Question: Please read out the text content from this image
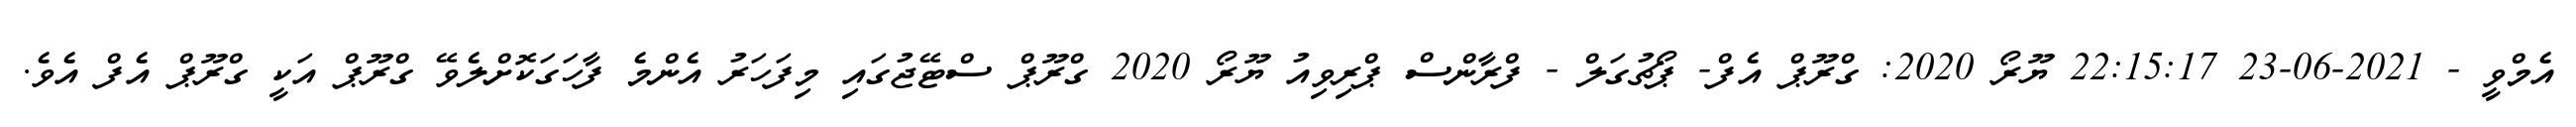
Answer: އެމްވީ - 2021-06-23 22:15:17 ޔޫރޯ 2020: ގްރޫޕް އެފް- ޕޯޗުގަލް - ފްރާންސް ޕްރިވިއު ޔޫރޯ 2020 ގްރޫޕް ސްޓޭޖުގައި މިފަހަރު އެންމެ ފާހަގަކޮށްލެވޭ ގްރޫޕް އަކީ ގްރޫޕް އެފް އެވެ.